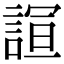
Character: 𮘙